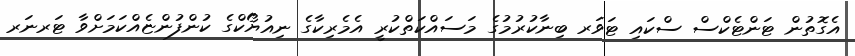
އެގޮތުން ޓަންޓެކްސް ސްކައި ޓަވަރ ބިނާކުރުމުގެ މަސައްކަތްކުރީ އެމެރިކާގެ ނިއުޔޯކްގެ ކުންފުންޏެއްކަމަށްވާ ޓަރނަރ